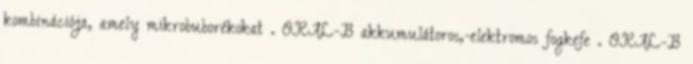
kombinációja, amely mikrobuborékokat . ORAL-B akkumulátoros,-elektromos fogkefe . ORAL-B